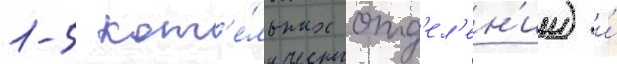
1-5 кот'е́льных отд'ел'ен'ии) и́